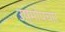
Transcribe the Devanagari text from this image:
उष्मोपचार